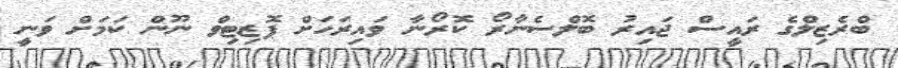
ބްރެޒިލްގެ ރައީސް ޖައިރު ބޮލްސެނާރޯ ކޮރޯނާ ވައިރަހަށް ޕޮޒިޓިވް ނޫން ކަމަށް ވަނީ